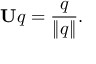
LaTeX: \mathbf { U } q = { \frac { q } { \lVert q \rVert } } .